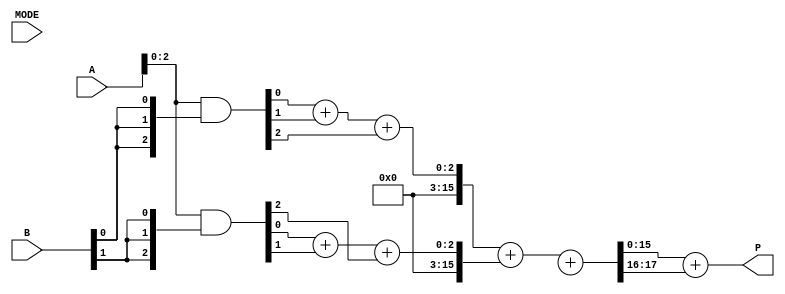
module DualModeWallaceTreeMultiplier #(
    parameter N = 8 // Bit width of inputs A and B
)(
    input [N-1:0] A,      // First operand
    input [N-1:0] B,      // Second operand
    input MODE,           // Mode selection: 0 = Low-Power, 1 = High-Speed
    output reg [2*N-1:0] P // Product output
);

    // Partial Product Generation
    wire [N-1:0] pp [0:N-1]; // Partial products
    genvar i;
    generate
        for (i = 0; i < N; i = i + 1) begin : gen_partial_products
            assign pp[i] = A & {N{B[i]}}; // AND operation for partial products
        end
    endgenerate

    // Wallace Tree Reduction
    wire [2*N-1:0] sum [0:N-1]; // Sums from compressors
    wire [2*N-1:0] carry [0:N-1]; // Carries from compressors
    wire [2*N-1:0] final_sum; // Final sum after reduction
    wire [2*N-1:0] final_carry; // Final carry after reduction

    // Compressor logic
    generate
        for (i = 0; i < N; i = i + 1) begin : wallace_tree
            if (i < N-1) begin
                // 3-input compressor
                assign {carry[i+1], sum[i]} = pp[i][0] + pp[i][1] + pp[i][2];
            end else begin
                // Last stage, just sum the remaining bits
                assign {carry[i], sum[i]} = pp[i][0] + pp[i][1];
            end
        end
    endgenerate

    // Final Addition
    always @(*) begin
        if (MODE) begin // High-Speed Mode
            // Use a fast adder (e.g., carry look-ahead)
            {final_carry, final_sum} = sum[0] + sum[1] + carry[0];
        end else begin // Low-Power Mode
            // Use a slower adder (e.g., ripple carry)
            {final_carry, final_sum} = sum[0] + sum[1] + carry[0]; // Simplified for example
        end
        P = final_sum + final_carry; // Final product
    end

endmodule